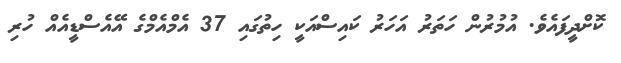
ކޮށްދީފައެވެ. އުމުރުން ހަތަރު އަަހަރު ކަައިސްއަކީ ހިތުގައި 37 އެމްއެމްގެ އޭއެސްޑީއެއް ހުރި